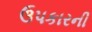
ઉપકારની